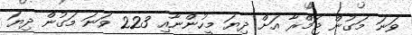
ވަނަ މަގުން ޖަމްރާ އަށް ދިޔަ މީހުންނާއި 223 ވަނަ މަގުން ދިޔަ